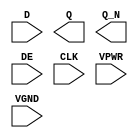
module sky130_fd_sc_hs__edfxbp (
    //# {{data|Data Signals}}
    input  D   ,
    output Q   ,
    output Q_N ,

    //# {{control|Control Signals}}
    input  DE  ,

    //# {{clocks|Clocking}}
    input  CLK ,

    //# {{power|Power}}
    input  VPWR,
    input  VGND
);
endmodule